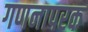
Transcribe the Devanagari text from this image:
गणनापरक